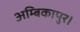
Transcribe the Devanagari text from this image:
अम्बिकापुर।